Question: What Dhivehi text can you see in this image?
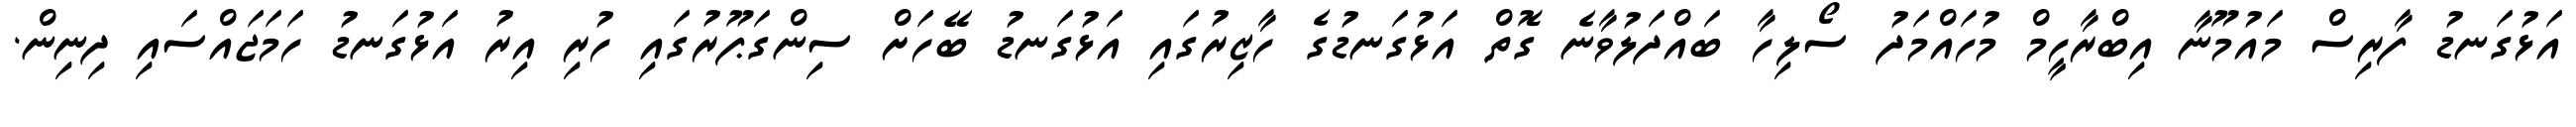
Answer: އަޅުގަނޑު ފާރިސް މައުމޫނާ އިބްރާހީމް މުހައްމަދު ސޯލިހާ ބައްދަލުވާނެ ގޮތް އަޅުގަނޑުގެ ހާޒިރުގައި އަޅުގަނޑު ބޭހަށް ސިންގަޕޫރުގައި ހުރި އިރު އަޅުގަނޑު ހަމަޖައްސައި ދިނިން.